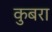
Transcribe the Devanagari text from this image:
कुबरा